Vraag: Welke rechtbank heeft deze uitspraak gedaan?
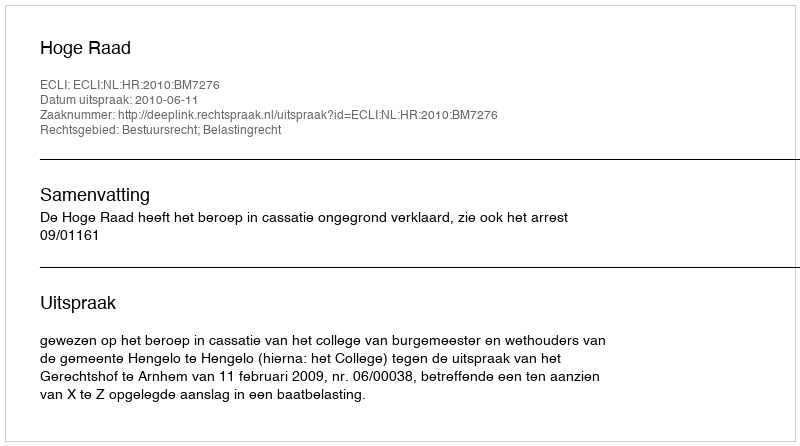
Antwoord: Hoge Raad